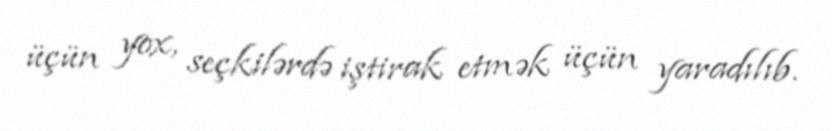
üçün yox, seçkilərdə iştirak etmək üçün yaradılıb.